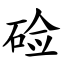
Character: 硷